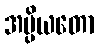
အပ္ပိယတော